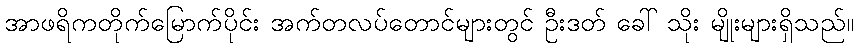
အာဖရိကတိုက်မြောက်ပိုင်း အက်တလပ်တောင်များတွင် ဦးဒတ် ခေါ် သိုး မျိုးများရှိသည်။